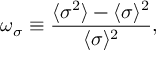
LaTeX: \omega _ { \sigma } \equiv \frac { \langle \sigma ^ { 2 } \rangle - \langle \sigma \rangle ^ { 2 } } { \langle \sigma \rangle ^ { 2 } } ,